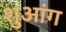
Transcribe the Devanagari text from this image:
शुआंग